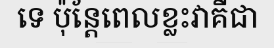
ទេ ប៉ុន្តែពេលខ្លះវាគឺជា